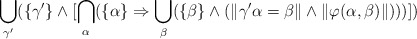
\begin{align*}\bigcup_{\gamma^{\prime}} (\{\gamma^{\prime}\} \wedge [\bigcap_{\alpha} (\{\alpha\} \Rightarrow \bigcup_{\beta} (\{\beta\} \wedge (\| \gamma^{\prime} \alpha = \beta \| \wedge \| \varphi(\alpha, \beta)\|)))])\end{align*}